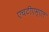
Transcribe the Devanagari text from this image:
एचटीएम्एल